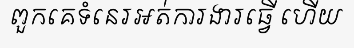
ពួកគេទំនេរអត់ការងារធ្វើ ហើយ